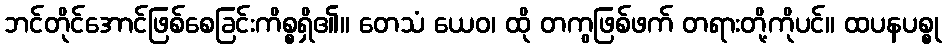
ဘင်တိုင်အောင်ဖြစ်စေခြင်းကိစ္စရှိ၏။ တေသံ ယေဝ၊ ထို တကွဖြစ်ဖက် တရားတို့ကိုပင်။ ထပနပစ္စု